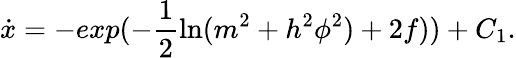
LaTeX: \dot{x}=-exp(-\frac{1}{2}\ln(m^{2}+h^{2}\phi^{2})+2f))+C_{1}.